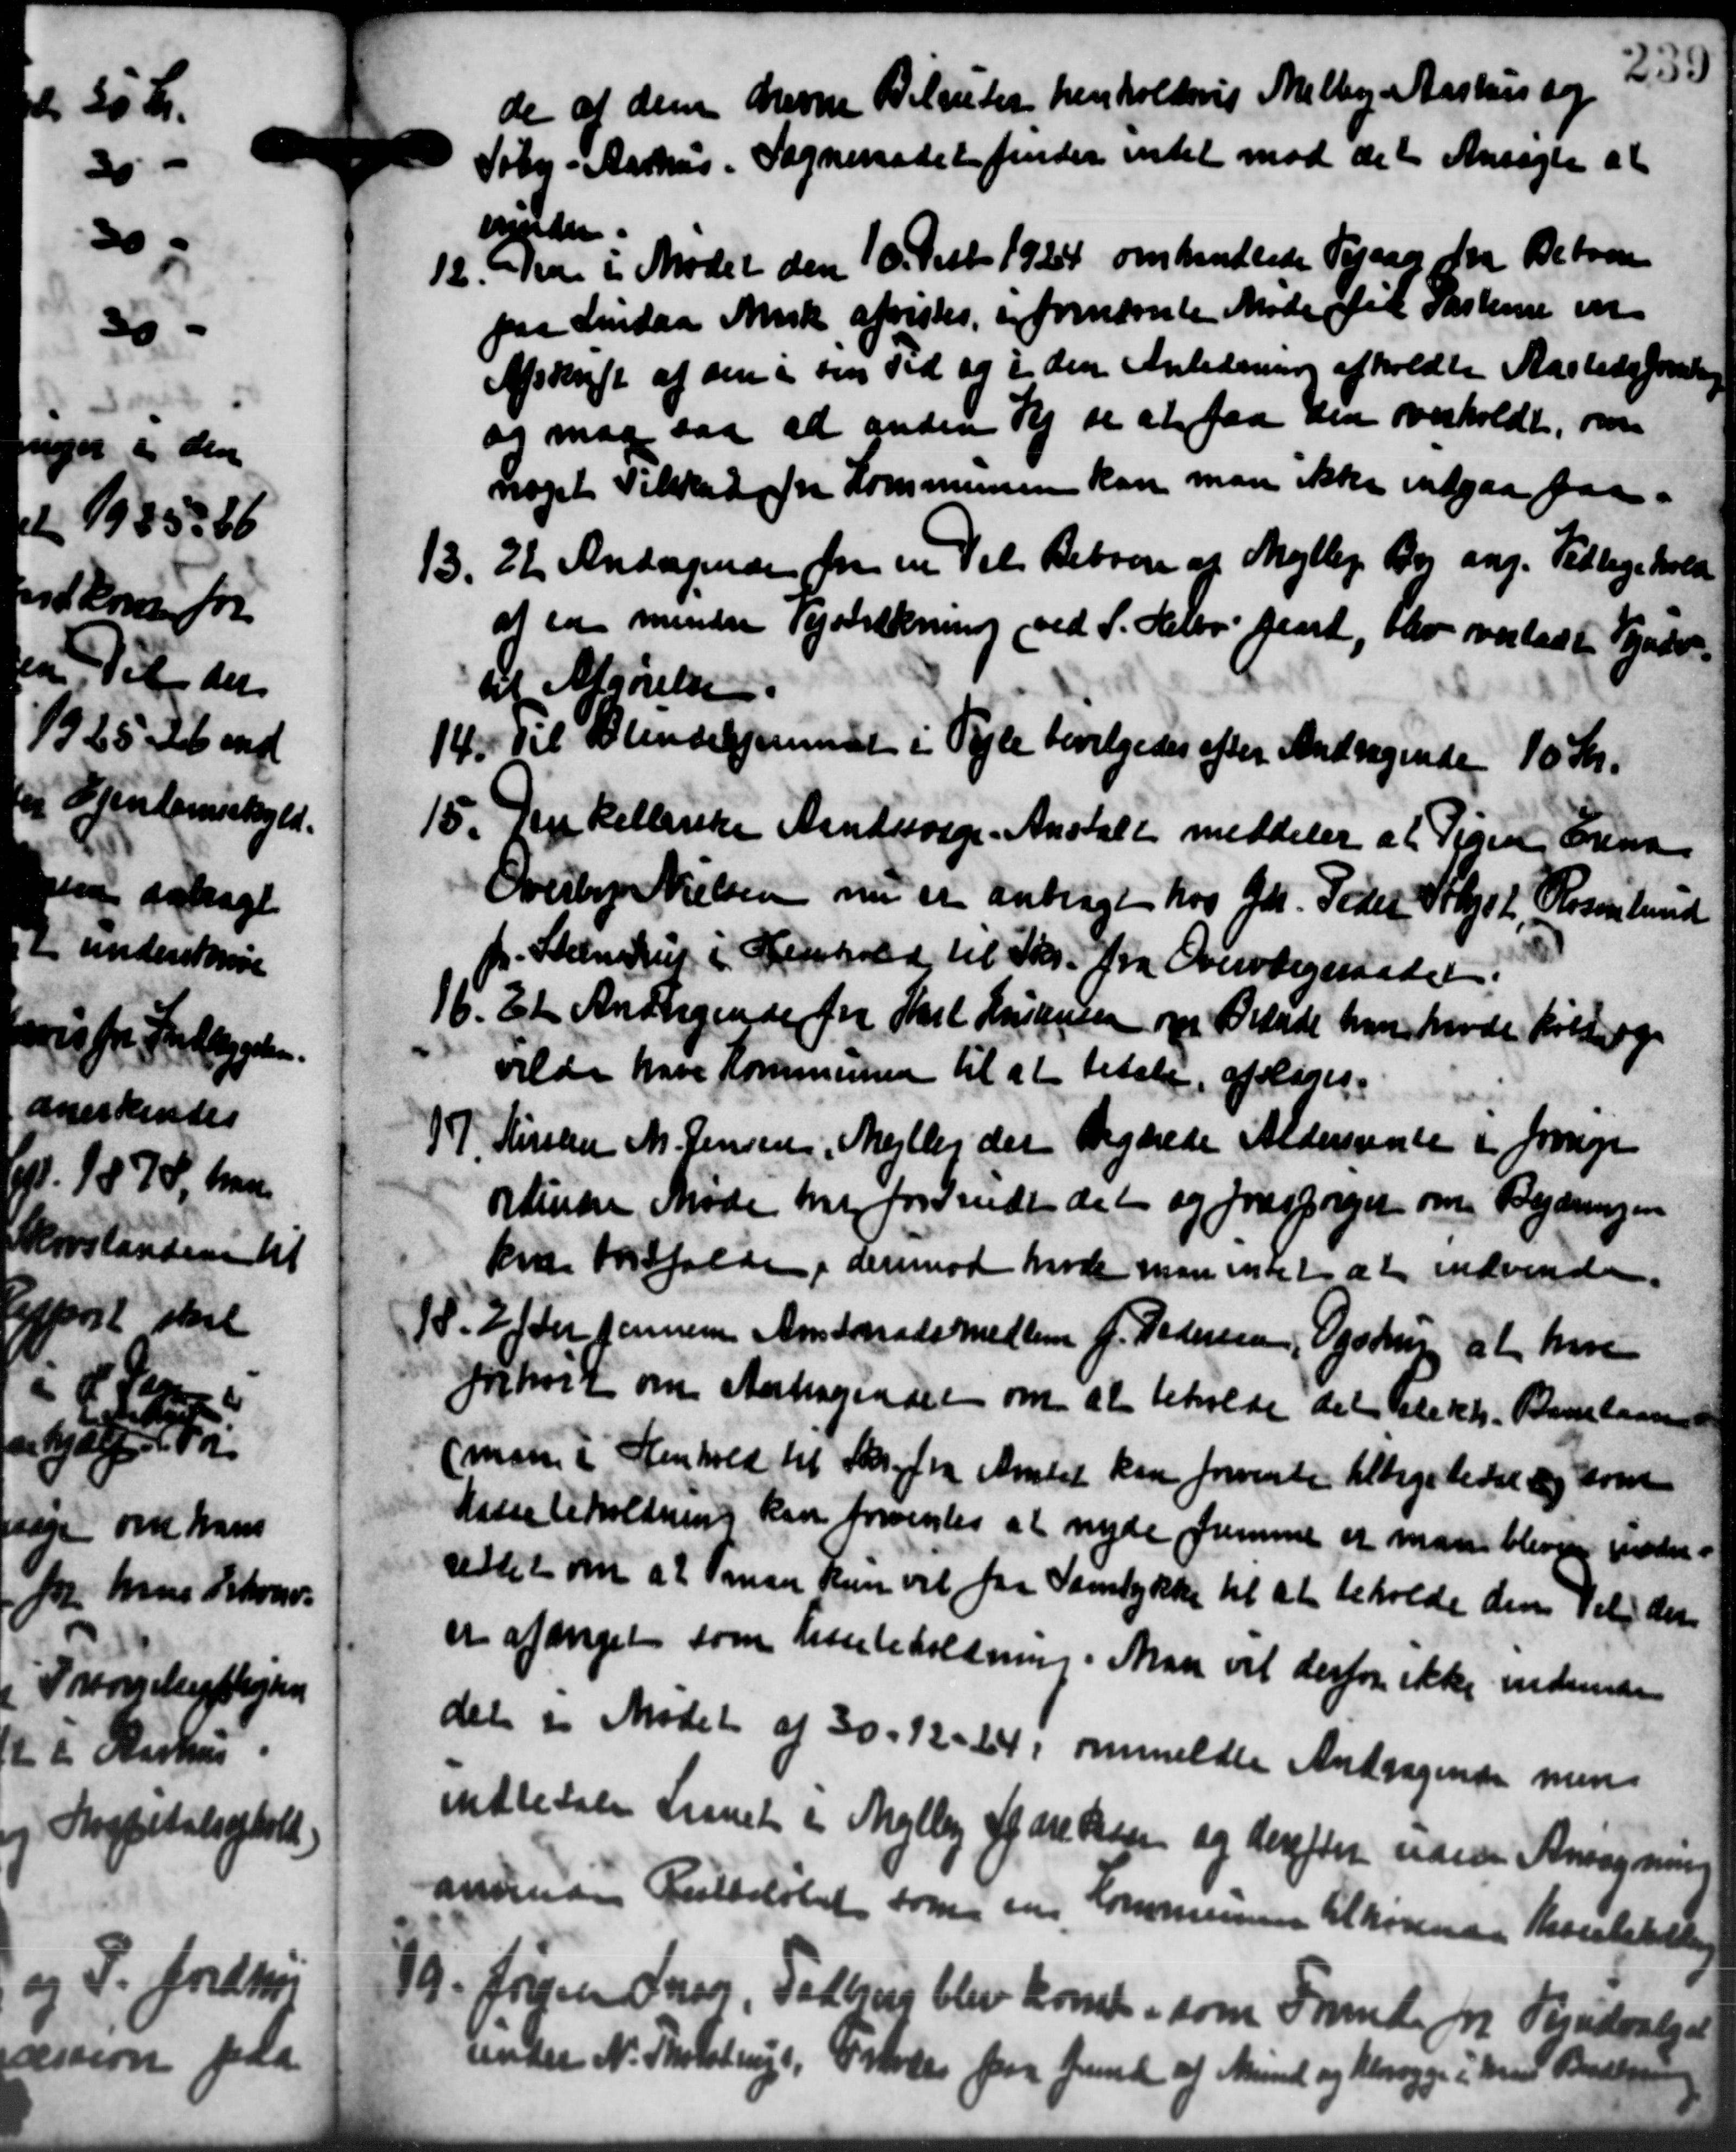
Transskription:
de af den drevne Belauter henholdsvis Melby Aarhus og
Søby - Aarhus. Sogneraadet finder intet mod det Ansøgte at
volder.
12. Fra i Mødet den 10. Decb. 1924 omhandlede Vejsag fra Beboen
12. Fra i Mødet den 10. Decb. 1924 omhandlede Vejsag fra Beboen
paa Lindaa Anisk afvistes i fornævnte Møde til Pastere en
Afskrift af den i sin Tid og i den Anledning afholdte Aastedsfordeling
og maa saa at anden Vej se at faa den overholdt, om
noget Tilskud fra Kommunen kan man ikke indgaa paa-
22. Andragende for en Vel Beboere af Mejlby Bør ang. Vedligehold
13.
at en mindre Testrækning ved S. Helbo Jent, blev overladt Syndv-
af Afgørelse
14. Til Blindehjemmet i Vejle bevilgedes efter Andragende 10 Kr.
14. Til Blindehjemmet i Vejle bevilgedes efter Andragende 10 Kr.
15. Den kellerske Aandsvage-Anstalt meddeler at Pigen Erna
15. Den kellerske Aandsvage-Anstalt meddeler at Pigen Erna
Overlæge Nielsen nu er anbragt hos Gdr. Peder Kyst. Rosenlund
h. Steenstrup i Henhold til Skr. fra Overværgeraadet.
16. Et Andragende fra Skel Jørgensen om Brænde hvor havde køberige
16. Et Andragende fra Skel Jørgensen om Brænde hvor havde køberige
vilde have Kommunen til at betale afgøres.
7. Kirsten M. Jensen, Mejlby der begærede Aldersrente i fornye
7. Kirsten M. Jensen, Mejlby der begærede Aldersrente i fornye
ordinære Møde har for sende det og forespørger om Bygdringen
kr Forfalden, derimod Møde man intet at indvende.
15. Efter Jensen Amtsraadsmedlem J. Pedersen, Ogstrup at have
15. Efter Jensen Amtsraadsmedlem J. Pedersen, Ogstrup at have
forhøjet om Antagende om at beholde det elektr. Banelaan
(man i Henhold til Skr. fra Amtet kan forvente tilligelede og som
kassebeholdning kan forventes at nyde fremme er man bliver under-
rettet sin a 2 Timan kun vil faa Samtykke til at beholde den selv der
er afanget som Kassebeholdning. Man vil derfor ikke indende
del er Mødet af 30 - 12 - 14, anmeldte Andragende men
indbetale Laanet i Mejlby Sparekassen og derefter uden Ansøgning
anvende Tutbeløbet som en Kommunen tilhørende Kassebetale
19. Jørgen Skar, Talhus blev komst, som Frunde fra Vejudvalget
19. Jørgen Skar, Talhus blev komst, som Frunde fra Vejudvalget
under N. Tholstrup, Frede paa Grund af Mine og bevægge i med Barkend